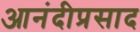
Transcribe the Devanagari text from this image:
आनंदीप्रसाद